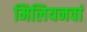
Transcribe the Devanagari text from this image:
मिलियनवां